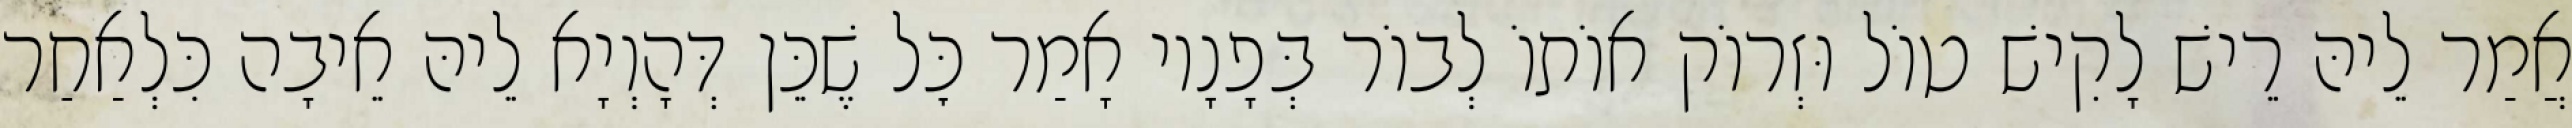
אֲמַר לֵיהּ רֵישׁ לָקִישׁ טוֹל וּזְרוֹק אוֹתוֹ לְבוֹר בְּפָנָיו אָמַר כׇּל שֶׁכֵּן דְּהָוְיָא לֵיהּ אֵיבָה כִּלְאַחַר